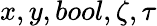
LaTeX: x,y,bool,\zeta,\tau